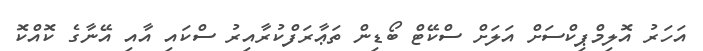
އަހަރު އޮލިމްޕިކްސަށް އަލަށް ސްކޭޓް ބޯޑިން ތަޢާރަފްކުރާއިރު ސްކައި އާއި އޭނާގެ ކޮއްކޮ